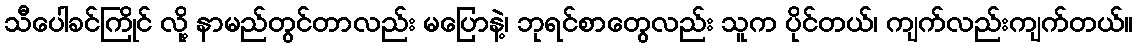
သီပေါခင်ကြိုင် လို့ နာမည်တွင်တာလည်း မပြောနဲ့၊ ဘုရင်စာတွေလည်း သူက ပိုင်တယ်၊ ကျက်လည်းကျက်တယ်။